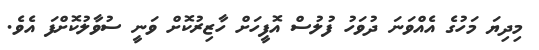
މިދިޔަ މަހުގެ އެއްވަނަ ދުވަހު ފުލުސް އޮފީހަށް ހާޒިރުކޮށް ވަނީ ސުވާލުކޮށްފަ އެވެ.